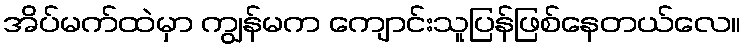
အိပ်မက်ထဲမှာ ကျွန်မက ကျောင်းသူပြန်ဖြစ်နေတယ်လေ။